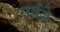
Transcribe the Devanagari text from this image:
सर्वज्ञे